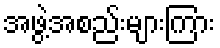
အဖွဲ့အစည်းများကြား